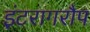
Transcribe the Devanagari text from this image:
इंटरागरौप